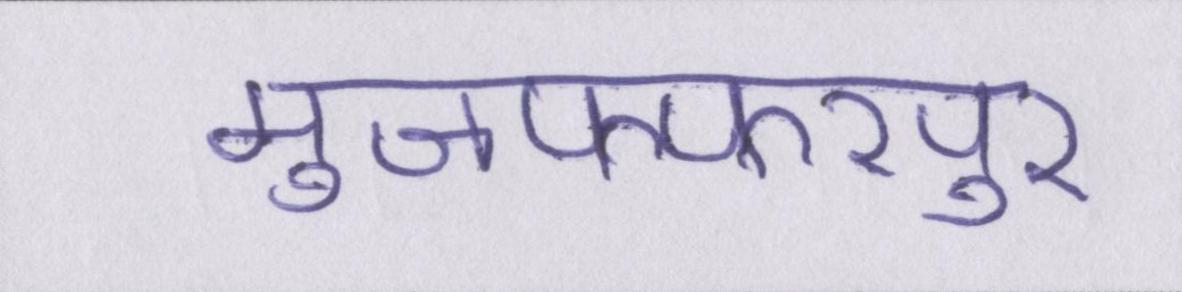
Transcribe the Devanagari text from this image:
मुजफ्फरपुर